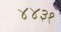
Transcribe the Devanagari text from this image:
४४३१